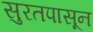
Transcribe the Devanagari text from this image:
सुरतपासून